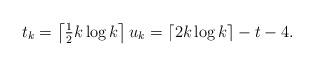
\begin{align*}t_k=\left\lceil \tfrac{1}{2}k\log k\right\rceil u_k=\left\lceil 2k\log k\right\rceil -t-4.\end{align*}